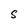
Character: S